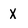
Character: X